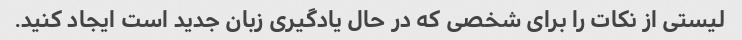
لیستی از نکات را برای شخصی که در حال یادگیری زبان جدید است ایجاد کنید.